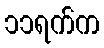
၁၁ရက်က